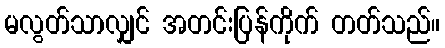
မလွတ်သာလျှင် အတင်းပြန်ကိုက် တတ်သည်။